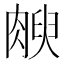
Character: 𰮻